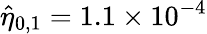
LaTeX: \hat{\eta}_{0,1}=1.1\times 10^{-4}